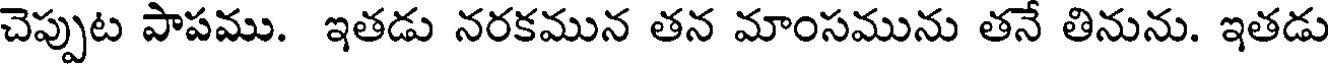
చెప్పుట పాపము. ఇతడు నరకమున తన మాంసమును తనే తినును. ఇతడు